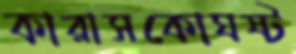
কারাসকোঘষ্‌ট